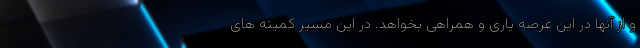
و از آنها در این عرصه یاری و همراهی بخواهد. در این مسیر کمیته های